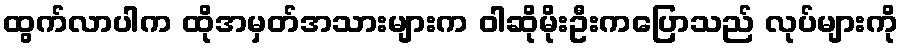
ထွက်လာပါက ထိုအမှတ်အသားများက ဝါဆိုမိုးဦးကပြောသည် လုပ်များကို